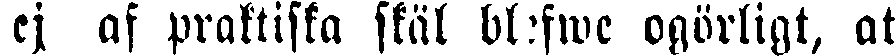
ej af praktiska skäl blefwe ogörligt, att